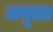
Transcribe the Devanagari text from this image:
धनूला